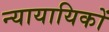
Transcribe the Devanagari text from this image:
न्यायायिकों